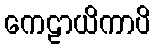
ကေဠာယိကာပိ